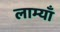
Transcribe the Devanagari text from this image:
लाम्याँ